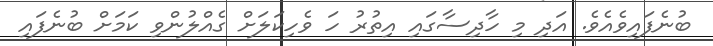
ބުނެފައިވެއެވެ. އަދި މި ހާދިސާގައި އިތުރު ހަ ވެހިކަލަށް ގެއްލުންވި ކަމަށް ބުނެފައި